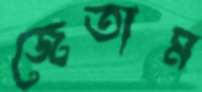
জেতাম